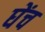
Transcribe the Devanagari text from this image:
घेंच